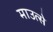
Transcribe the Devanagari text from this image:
माउत्से